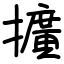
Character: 擴